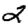
Digit: 2